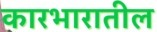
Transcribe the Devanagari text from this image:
कारभारातील